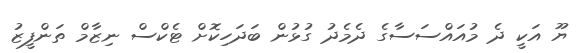
ޔޫ އަކީ ދެ މުއައްސަސާގެ ދެމެދު ގުޅުން ބަދަހިކޮށް ޓެކްސް ނިޒާމް ތަންފީޒު